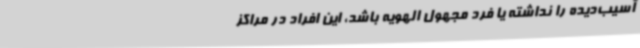
آسیب‌دیده را نداشته یا فرد مجهول الهویه باشد، این افراد در مراکز